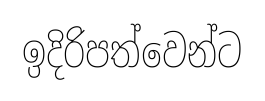
ඉදිරිපත්වෙන්ට